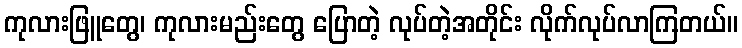
ကုလားဖြူတွေ၊ ကုလားမည်းတွေ ပြောတဲ့ လုပ်တဲ့အတိုင်း လိုက်လုပ်လာကြတယ်။